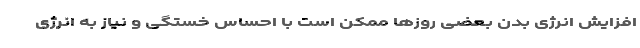
افزایش انرژی بدن بعضی روزها ممکن است با احساس خستگی و نیاز به انرژی